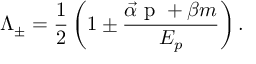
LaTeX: \Lambda _ { \pm } = \frac { 1 } { 2 } \left( 1 \pm \frac { \vec { \alpha } \mathrm { \boldmath ~ p ~ } + \beta m } { E _ { p } } \right) .